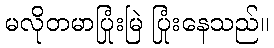
မလိုတမာပြုံးမြဲ ပြုံးနေသည်။